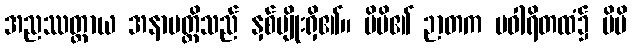
အညဿတ္ထာယ အနာပတ္တိသည် နှစ်မျိုးရှိ၏။ မိမိ၏ ဉာတက ပဝါရိတထံ၌ မိမိ